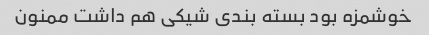
خوشمزه بود بسته بندی شیکی هم داشت ممنون